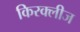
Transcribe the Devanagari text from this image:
किरक्लीज